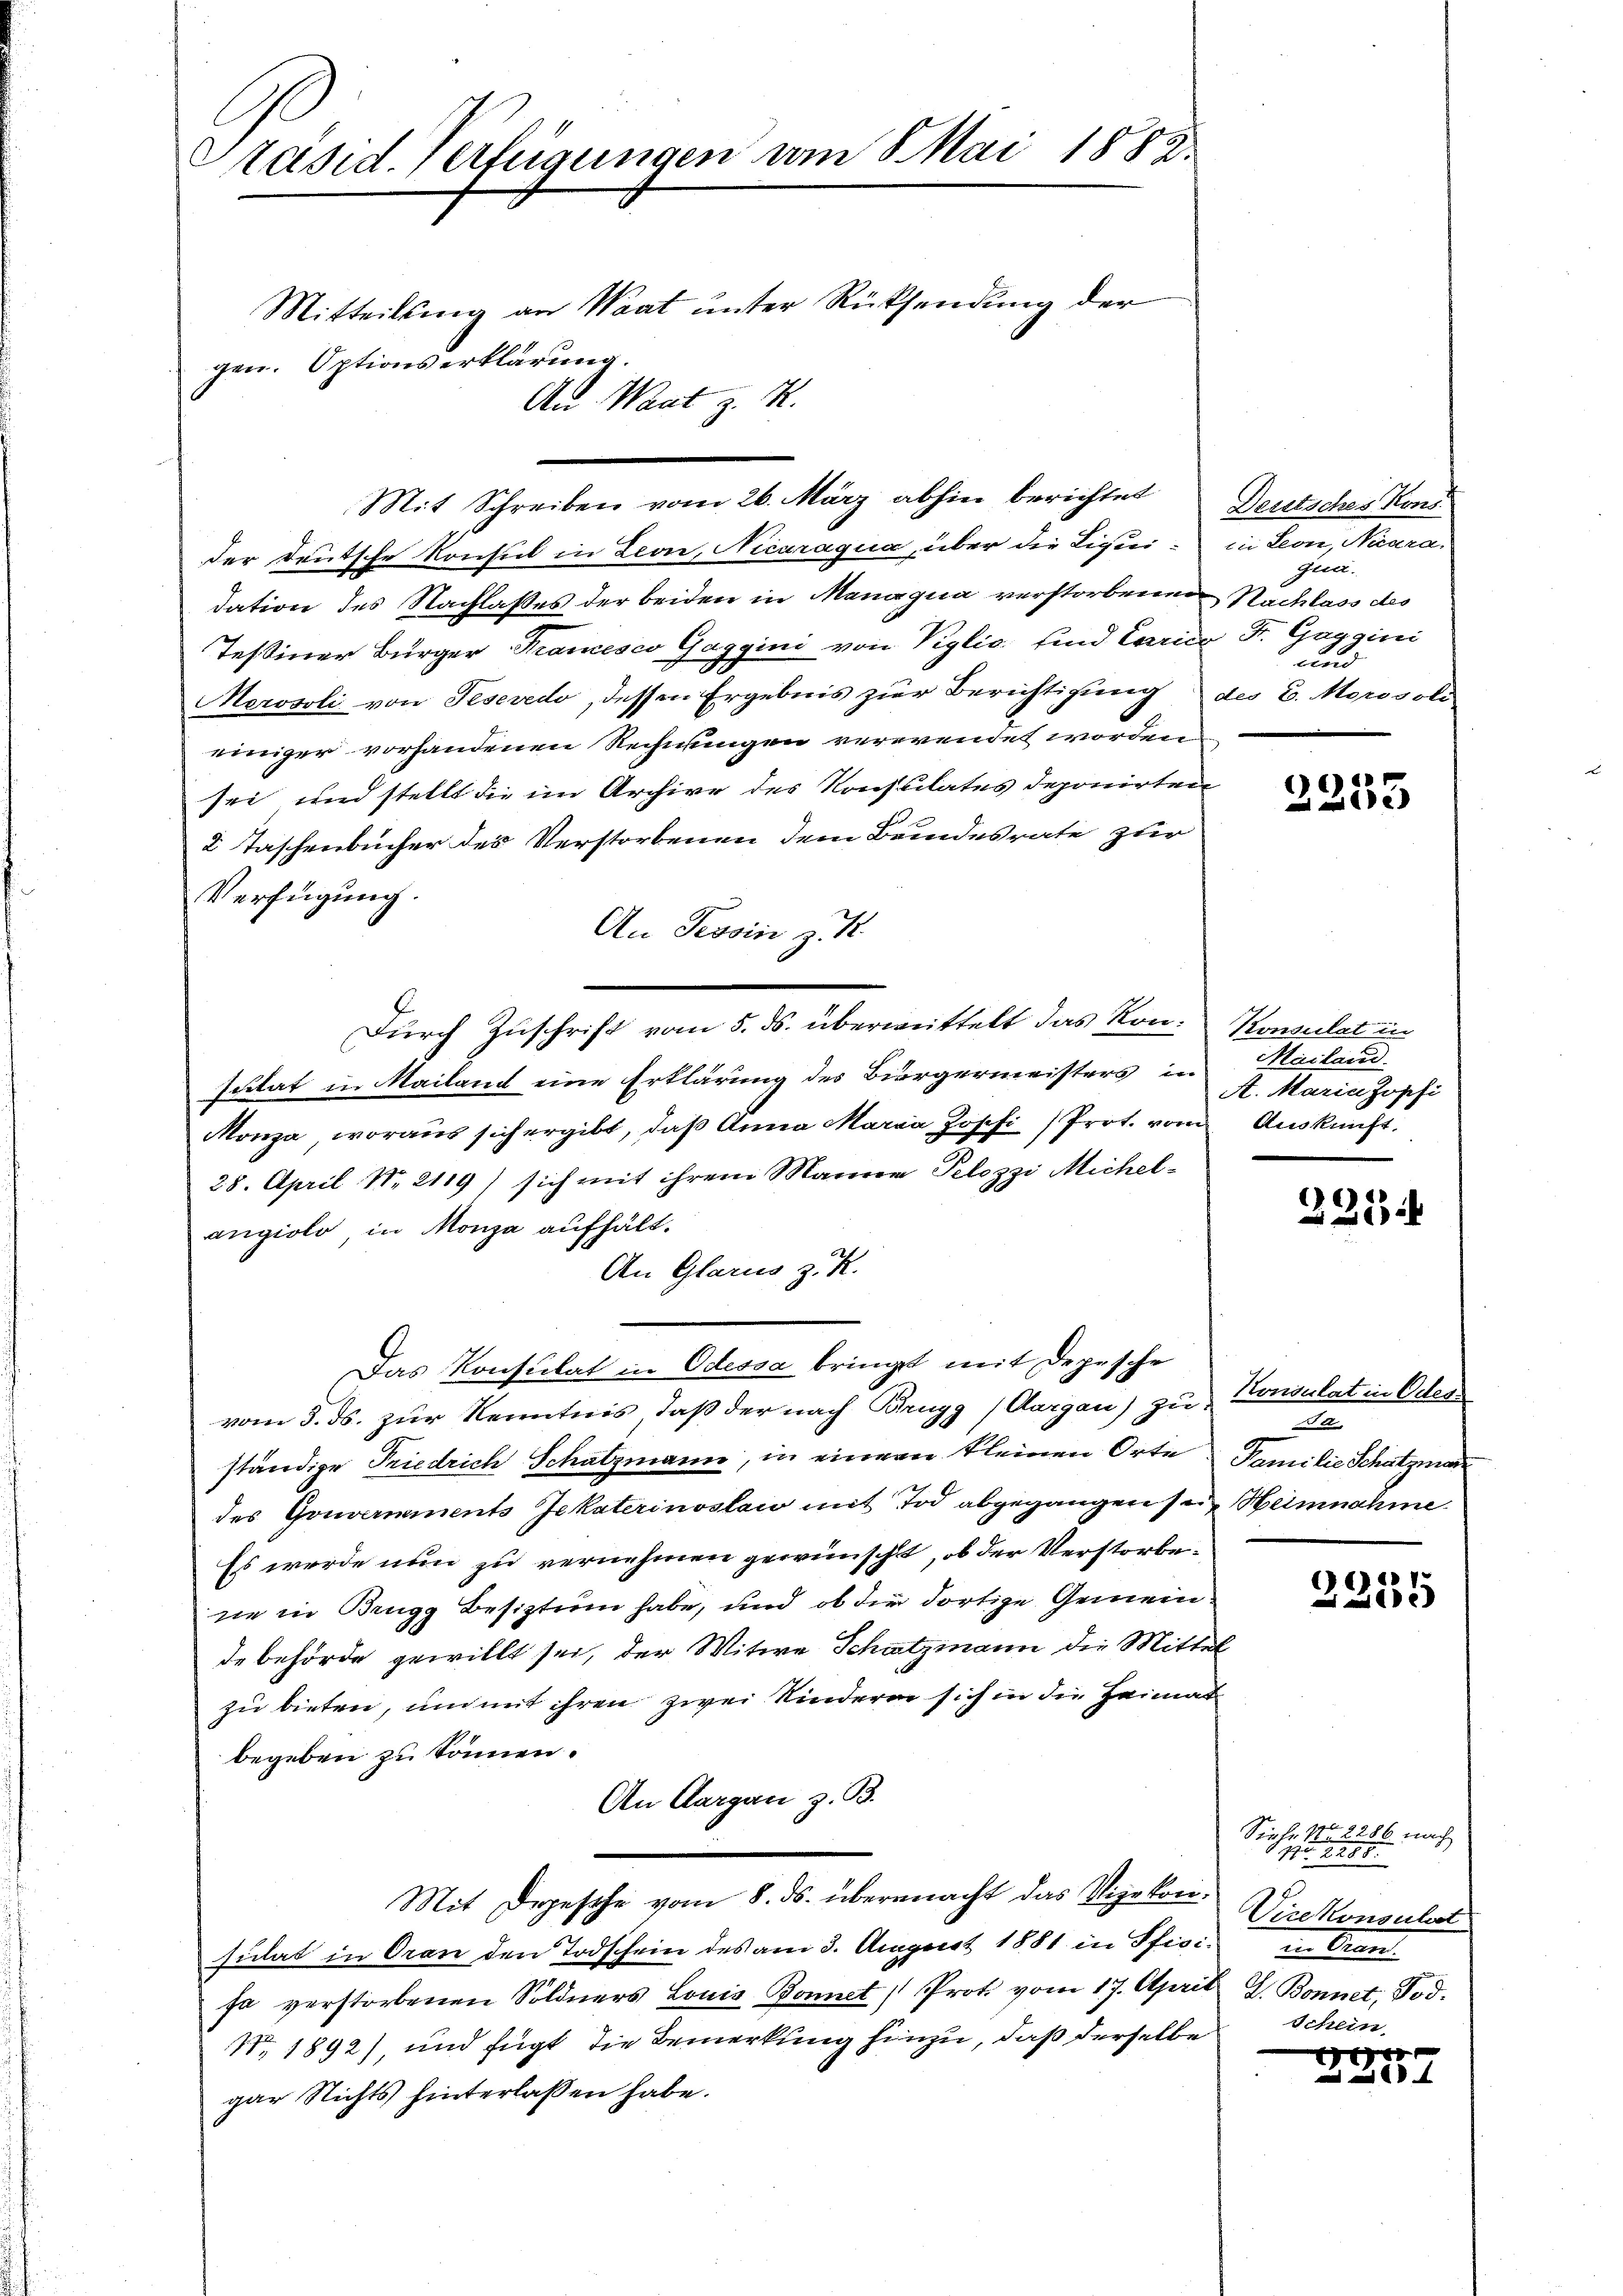
Präsid. Verfügungen vom 8. Mai 1882.
Mitteilung an Waat unter Rücksendung der
gen. Optionserklärung.
An Waat z. R.

Mit Schreiben vom 26. März abhin berichtet Deutsches Kons

der Deutsche Konsul in Leon, Nicaragua, über die Liqui-
dation des Nachlasses der beiden in Managua verstorbenen Nachlass des
Teßiner Bürger Krancesco Gaggini von Viglio sind Carico Dr. Gaggini
Merosoli von Tesevedo, dessen Ergebnis zur Berichtigung des C. Morosoli
einiger vorhandenen Rechnungen verwendet worden
sei und stellt die im Archive des Konsulates deponirten
2 Taschenbücher des Verstorbenen dem Bundesrate zur
Verfügung.
An Tessin z. B.
scitat in Mailand eine Erklärung des Bürgermeisters in
Monza, woraus sich ergibt, daß Anna Maria Jopfi Prot. vom Auskunft.
28. April Nr 2119) sich mit ihrem Mariner Pelozzi Michelangiolo in Monja aufhält.
An Glarus z. R.
Das Konsulat in Odessa bringt mit Depesche
vom 5. ds. zur Kenntnis, daß der nach Brugg (Aargau) zu
ständige Friedrich Schatzmann, in einem kleinen Orte Familie Schatzmann
des Gouvernements Jekaterinoslawo mit Tod abgegangen sein Heimnahme
Es werde nun zu vernehmen gewünscht, ob der Verstorbene in Brugg Besitztung habe, und ob die dortige Gemeinde behörde gewillt sei, der Witwe Schatzmann die Mittel
zu bieten, um mit ihren zwei Kinderen sich in die Heimat
begeben zu können.
An Aargau z. B.
Mit Depesche vom 8. ds. übermacht das Vizekonsulat in Oran den Todschein des am 3. August 1881 in Pfisi in Gran
fa verstorbenen Söldners Louis Bonnet   Prot vom 17. April J. Bonnet, Tod.
Nr. 1892) und fügt die Bemerkung hinzu, daß derselbe
gar Nichts hinterlassen habe.

Durch Zuschrift vom 5. ds. überweittelt das Kon- Konsulat in

in Leon, Nicara,
que.
und

2233

Mailand.
A. Maria Jopfi

221

Konsulat in Odes
2

)
255

Siehe No. 2286 nach
2
Vicekonsult

7.